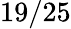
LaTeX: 19/25